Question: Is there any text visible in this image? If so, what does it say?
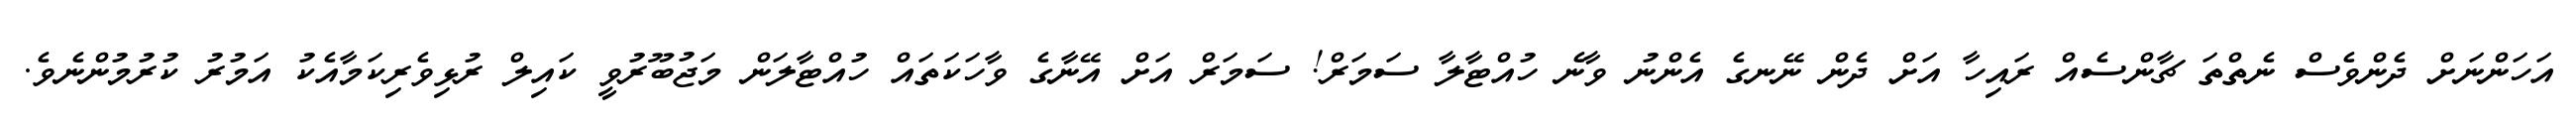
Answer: އަހަންނަށް ދެންވެސް ނެތްތަ ޗާންސެއް ރައިހާ އަށް ދެން ނޭނގެ އެންނު ވާނެ ހުއްޓާލާ ސަމަރް! ސަމަރް އަށް އޭނާގެ ވާހަކަތައް ހުއްޓާލަން މަޖުބޫރުވީ ކައިލް ރުޅިވެރިކަމާއެކު އަމުރު ކުރުމުންނެވެ.